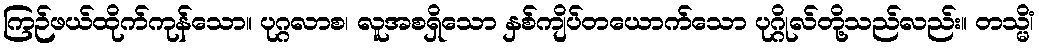
ကြဉ်ဖယ်ထိုက်ကုန်သော။ ပုဂ္ဂလာစ၊ လူအစရှိသော နှစ်ကျိပ်တယောက်သော ပုဂ္ဂိုလ်တို့သည်လည်း။ တသ္မိံ၊